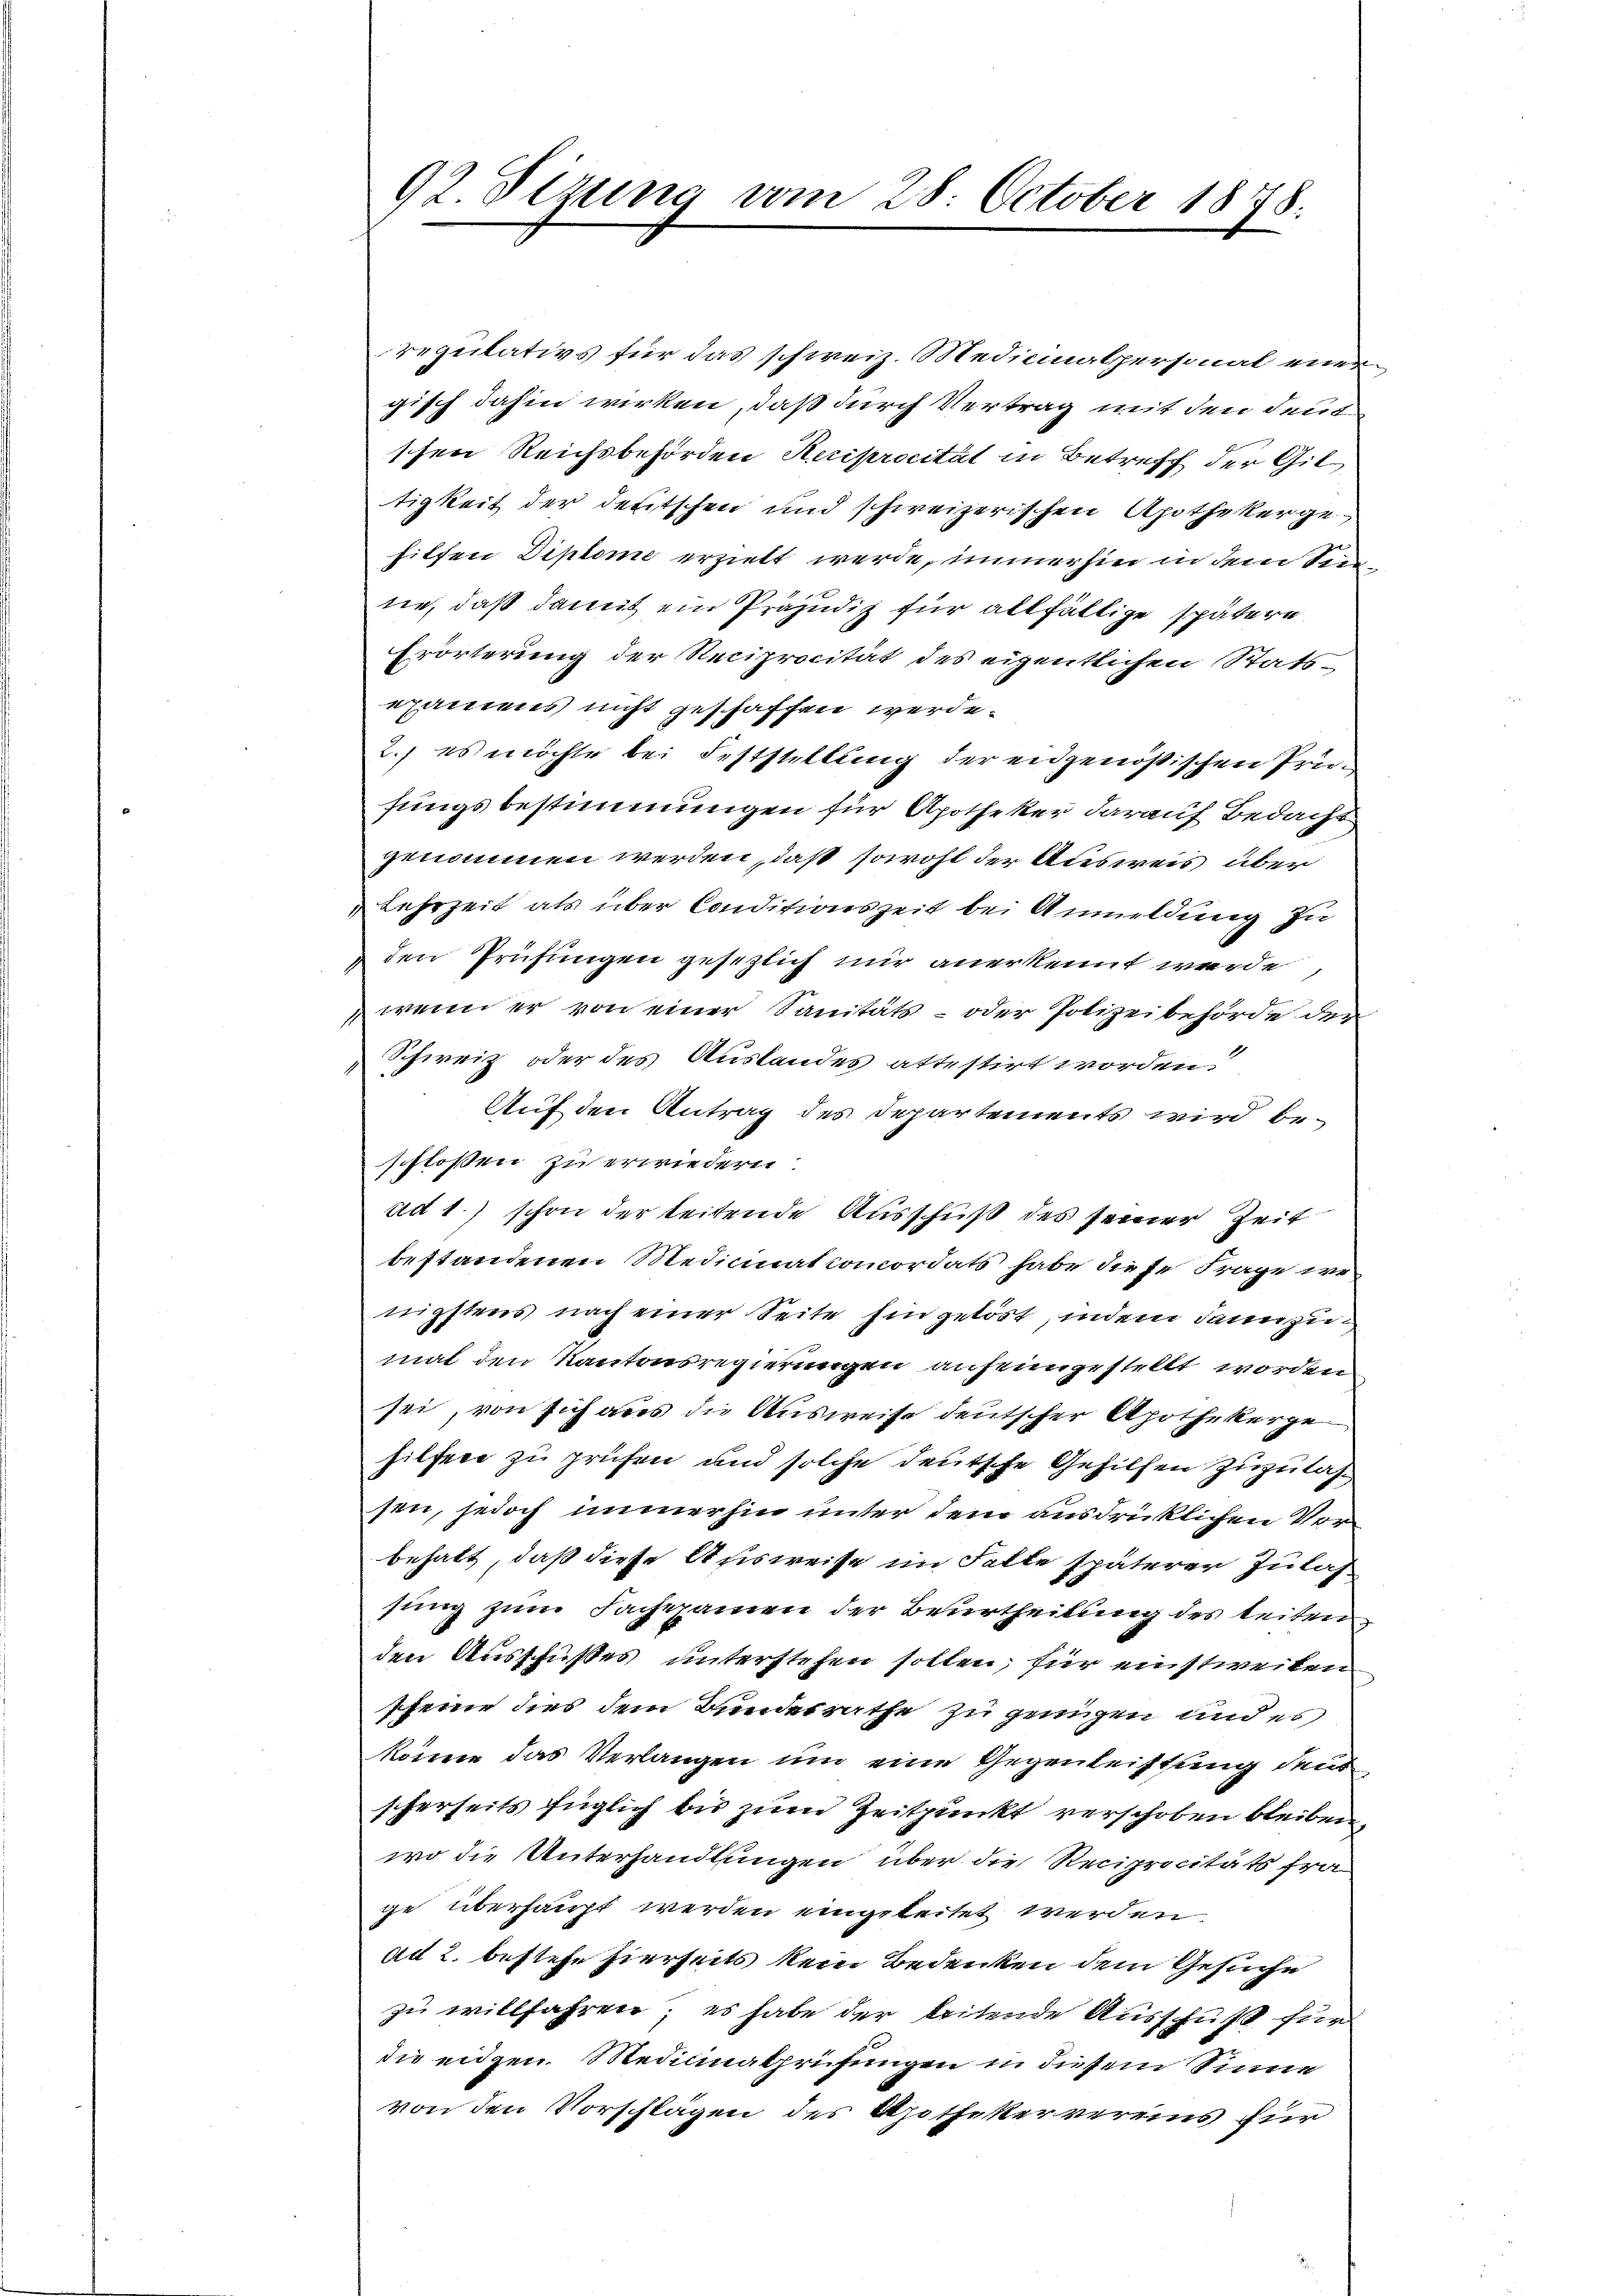
92. Stzung vom 28. October 1878.

regulativs für das schweiz. Medicinalpersonat einer
gisch dahin wirken, daß durch Vertrag mit den deut
schen Reichsbehörden Reciprocität in Betreff der Gil
tigkeit der deutschen und schweizerischen Apothekergehilfen Diplome erzielt werde, immerhin in dem Seene, daß damit ein Präjudiz für allfällige spätere
Erörterung der Reciprocität des eigentlichen Statsexamens nicht geschaffen werde.
2.) es möchte bei Feststellung der eidgenößischen Prüfungsbestimmungen für Apotheker darauf Bedacht
genommen werden, daß sowohl der Ausweis über
Lehrzeit als über Conditionszeit bei Anmeldung in
den Prüfungen gesezlich mir anerkennt werde,
wenn er von einer Sanitäts- oder Polizeibehörde der
1
Schweiz oder des Auslandes attestirt worden.
Auf den Antrag des Departements wird beschlossen zu erwiedern:
ad 1.) schon der teitende Ausschuß des seiner Zeit
bestandenen Medicinatomcordats habe diese Frage we
nigstens nach einer Seite hin getört, indem dannzumat den Kantonsregierungen anheimgestellt worden
sei, von sich aus die Ausweise deutscher Apothekerze
hilfen zu prüfen und solche deutsche Gehilfen zuzulassen, jedoch immerhin unter dem ausdrücklichen Verbehalt, daß diese Ausweise im Falle späterer Zulas
sung zum Sachexamen der Beurtheilung des beiten
den Ausschußes unterstehen sollen, für einstweilen
sheine dies dem Bundesrathe zu genügen und es
könne das Verlangen und eine Gegenleistung den
scherseits füglich bis zum Zeitpunkt verschoben bleiben,
wo die Unterhandlungen über die Reciprocitäts fra
ge überhaupt werden eingeleitet werden.
ad 2. bestehe hierseits kein Bedenken dem Gesuche
zu willfahren; es habe der leitende Ausschuß für
die eidgen. Medicinalprüfungen in diesem Sinne
von den Vorschlägen des Apothekervereins für